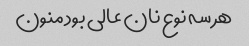
هر سه نوع نان عالی بود منون